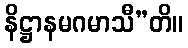
နိဋ္ဌာနမဂမာသီ”တိ။